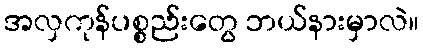
အလှကုန်ပစ္စည်းတွေ ဘယ်နားမှာလဲ။